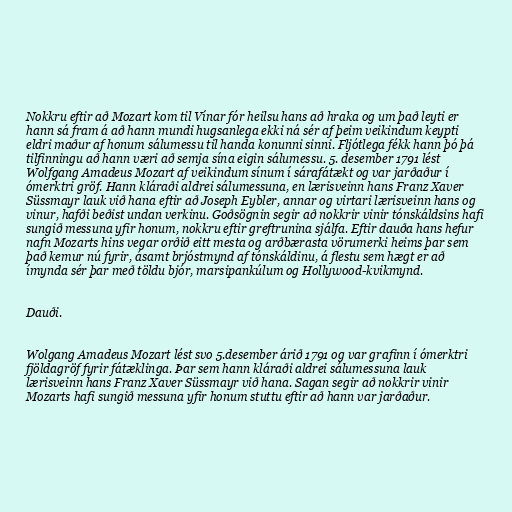
Nokkru eftir að Mozart kom til Vínar fór heilsu hans að hraka og um það leyti er
hann sá fram á að hann mundi hugsanlega ekki ná sér af þeim veikindum keypti
eldri maður af honum sálumessu til handa konunni sinni. Fljótlega fékk hann þó þá
tilfinningu að hann væri að semja sína eigin sálumessu. 5. desember 1791 lést
Wolfgang Amadeus Mozart af veikindum sínum í sárafátækt og var jarðaður í
ómerktri gröf. Hann kláraði aldrei sálumessuna, en lærisveinn hans Franz Xaver
Süssmayr lauk við hana eftir að Joseph Eybler, annar og virtari lærisveinn hans og
vinur, hafði beðist undan verkinu. Goðsögnin segir að nokkrir vinir tónskáldsins hafi
sungið messuna yfir honum, nokkru eftir greftrunina sjálfa. Eftir dauða hans hefur
nafn Mozarts hins vegar orðið eitt mesta og arðbærasta vörumerki heims þar sem
það kemur nú fyrir, ásamt brjóstmynd af tónskáldinu, á flestu sem hægt er að
ímynda sér þar með töldu bjór, marsipankúlum og Hollywood-kvikmynd.

Dauði.

Wolgang Amadeus Mozart lést svo 5.desember árið 1791 og var grafinn í ómerktri
fjöldagröf fyrir fátæklinga. Þar sem hann kláraði aldrei sálumessuna lauk
lærisveinn hans Franz Xaver Süssmayr við hana. Sagan segir að nokkrir vinir
Mozarts hafi sungið messuna yfir honum stuttu eftir að hann var jarðaður.